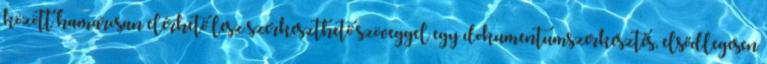
között hamarosan elérhető lesz szerkeszthető szöveggel egy dokumentumszerkesztés, elsődlegesen